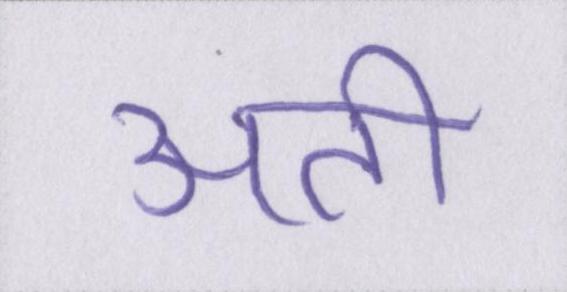
अती